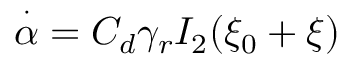
\overset { \cdot } { \alpha } = C _ { d } \gamma _ { r } I _ { 2 } ( \xi _ { 0 } + \xi )